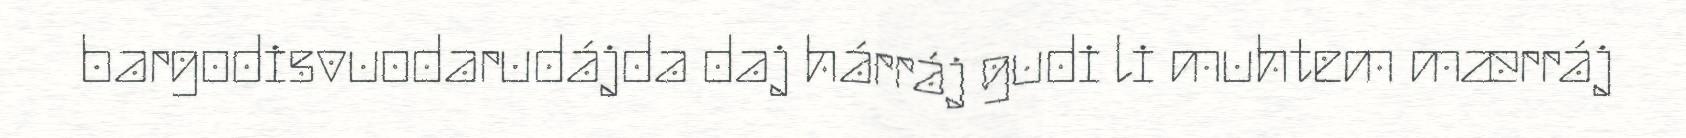
bargodisvuodarudájda daj hárráj gudi li muhtem mærráj